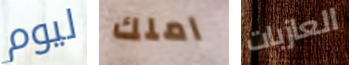
ليوم املك العازبات